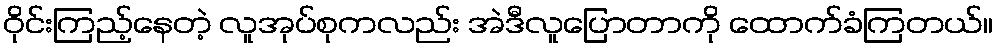
ဝိုင်းကြည့်နေတဲ့ လူအုပ်စုကလည်း အဲဒီလူပြောတာကို ထောက်ခံကြတယ်။